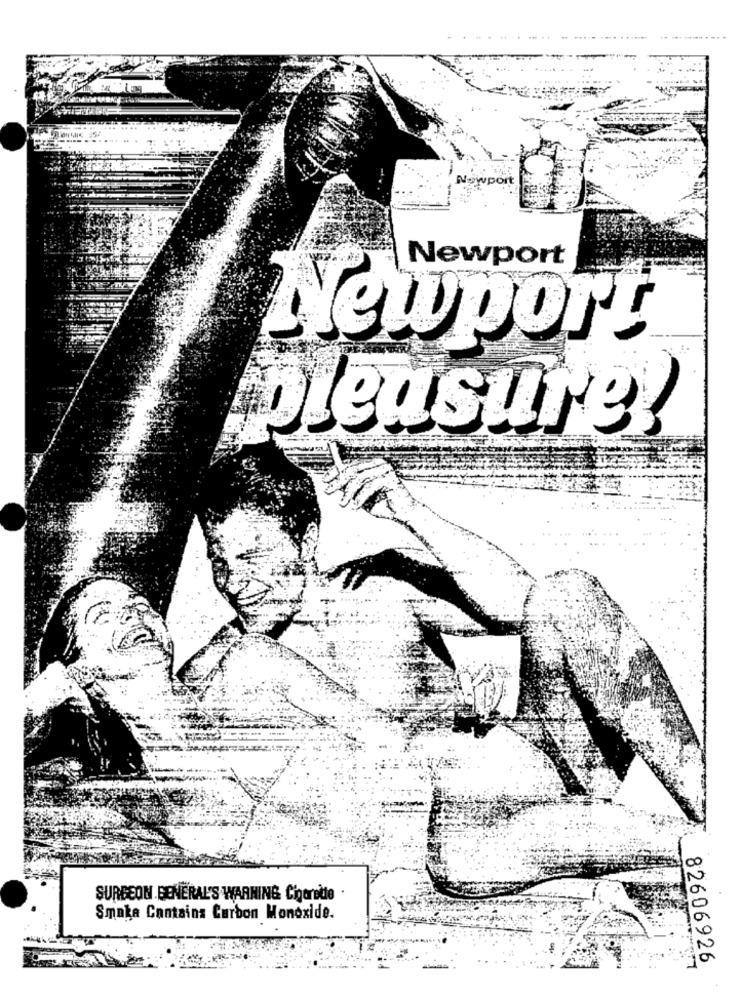
Newport
Newport
pleasure!
SURGEON GENERAL'S WARNING Cigarette .
Smaka Contains Carbon Monoxide.
Leiria
82606926